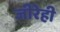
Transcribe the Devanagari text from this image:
जीरेही